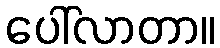
ပေါ်လာတာ။